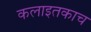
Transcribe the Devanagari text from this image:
कलाइतकाच